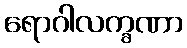
ရောဂါလက္ခဏာ